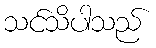
သင်သိပါသည်